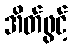
အိတ်ဖွင့်